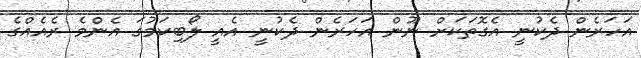
އަހަރެން ދެކުނީ އެގޮތަކަށް ނޫން އަހަރެން ދެކުނީ އެއީ ލޯބިކަމުގަ އެންމެ ރެއެއްގެ